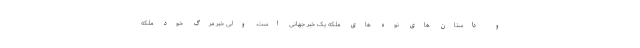
و داستان های نوه های ملکه یک خبر جهانی است. ولی خبر مرگ خود ملکه